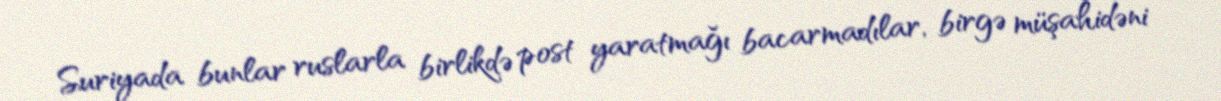
Suriyada bunlar ruslarla birlikdə post yaratmağı bacarmadılar, birgə müşahidəni